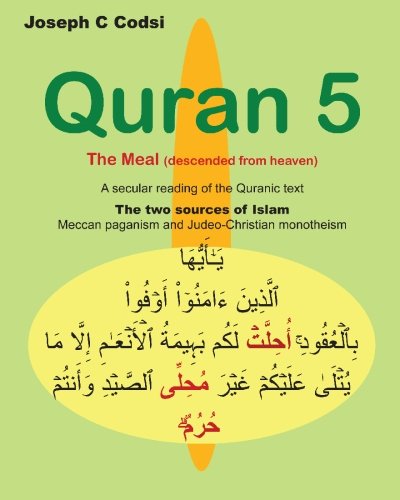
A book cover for Quran 5: The Meal (descended from heaven) - A secular reading of the Quranic text. The two sources of Islam, Meccan paganism and Judeo-Christian monotheism; Joseph C Codsi; Religion & Spirituality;